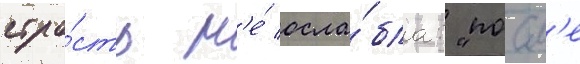
стра́сть н'е́ осла́бла: "посл'е